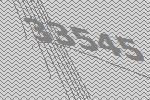
33545